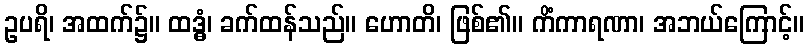
ဥပရိ၊ အထက်၌။ ထဒ္ဓံ၊ ခက်ထန်သည်။ ဟောတိ၊ ဖြစ်၏။ ကိံကာရဏာ၊ အဘယ်ကြောင့်။